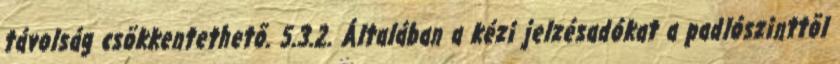
távolság csökkentethetõ. 5.3.2. Általában a kézi jelzésadókat a padlószinttõl